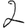
Digit: 2